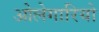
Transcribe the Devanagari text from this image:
ओलेगारियो